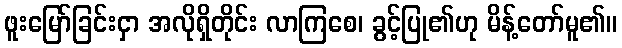
ဖူးမြော်ခြင်းငှာ အလိုရှိတိုင်း လာကြစေ၊ ခွင့်ပြု၏ဟု မိန့်တော်မူ၏။